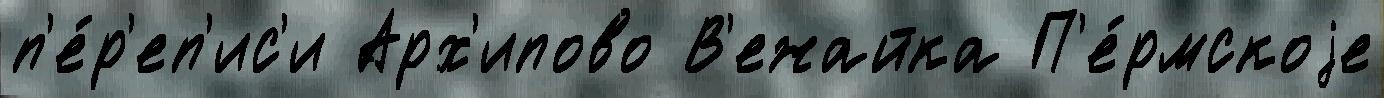
п'е́р'еп'ис'и Арх'ипово В'ежайка П'е́рмскоjе